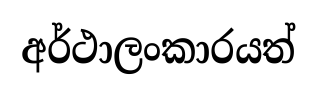
අර්ථාලංකාරයත්